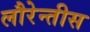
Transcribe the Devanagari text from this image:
लौरेन्तीस